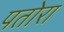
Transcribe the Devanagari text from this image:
पतोरा